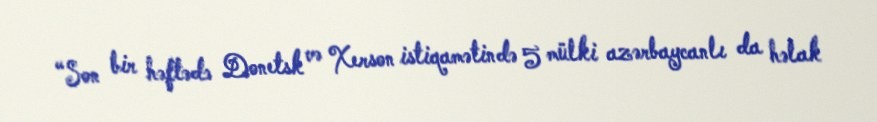
“Son bir həftədə Donetsk və Xerson istiqamətində 5 mülki azərbaycanlı da həlak